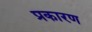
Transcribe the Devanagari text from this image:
प्रकारण